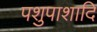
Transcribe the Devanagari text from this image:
पशुपाशादि